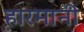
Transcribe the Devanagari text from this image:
हारमानी